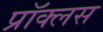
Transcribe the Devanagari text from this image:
प्रॉक्लस